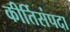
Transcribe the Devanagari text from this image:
कीर्तिसंपदा